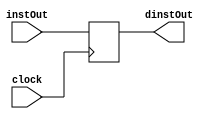
`timescale 1ns / 1ps
//////////////////////////////////////////////////////////////////////////////////
// Company: 
// Engineer: 
// 
// Design Name: 
// Module Name: IFIDPipelineReg
// Project Name: 
// Target Devices: 
// Tool Versions: 
// Description: 
// 
// Dependencies: 
// 
// Revision:
// Revision 0.01 - File Created
// Additional Comments:
// 
//////////////////////////////////////////////////////////////////////////////////


module IFIDPipelineReg(
    input [31:0] instOut,
    input clock,
    output reg [31:0] dinstOut

    );
    
    always @(posedge clock) begin
        dinstOut = instOut;
    end
endmodule